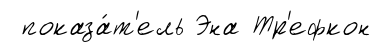
показа́т'ель Эна Тр'ефкон